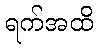
ရက်အထိ